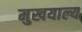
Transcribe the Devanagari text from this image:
मुखयाल्य